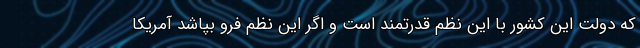
که دولت این کشور با این نظم قدرتمند است و اگر این نظم فرو بپاشد آمریکا